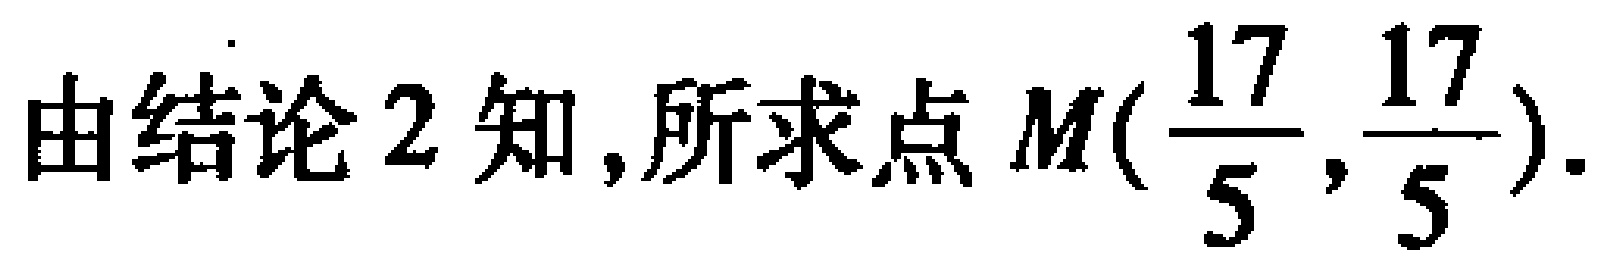
由结论 2 知,所求点 \(M(\frac{17}{5},\frac{17}{5})\).